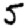
Digit: 5